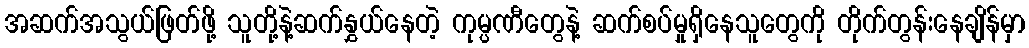
အဆက်အသွယ်ဖြတ်ဖို့ သူတို့နဲ့ဆက်နွှယ်နေတဲ့ ကုမ္ပဏီတွေနဲ့ ဆက်စပ်မှုရှိနေသူတွေကို တိုက်တွန်းနေချိန်မှာ